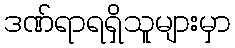
ဒဏ်ရာရရှိသူများမှာ